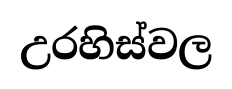
උරහිස්වල